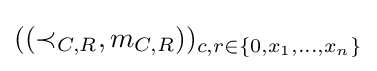
((\prec _{C,R},m_{C,R}))_{c,r\in \{0,x_{1},\dots ,x_{n}\}}